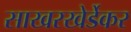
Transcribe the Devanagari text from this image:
साखरखेर्डेकर